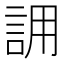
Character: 𮘄